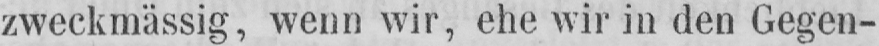
zweckmässig, wenn wir, ehe wir in den Gegen-